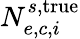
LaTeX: N_{e,c,i}^{s,\mathrm{true}}